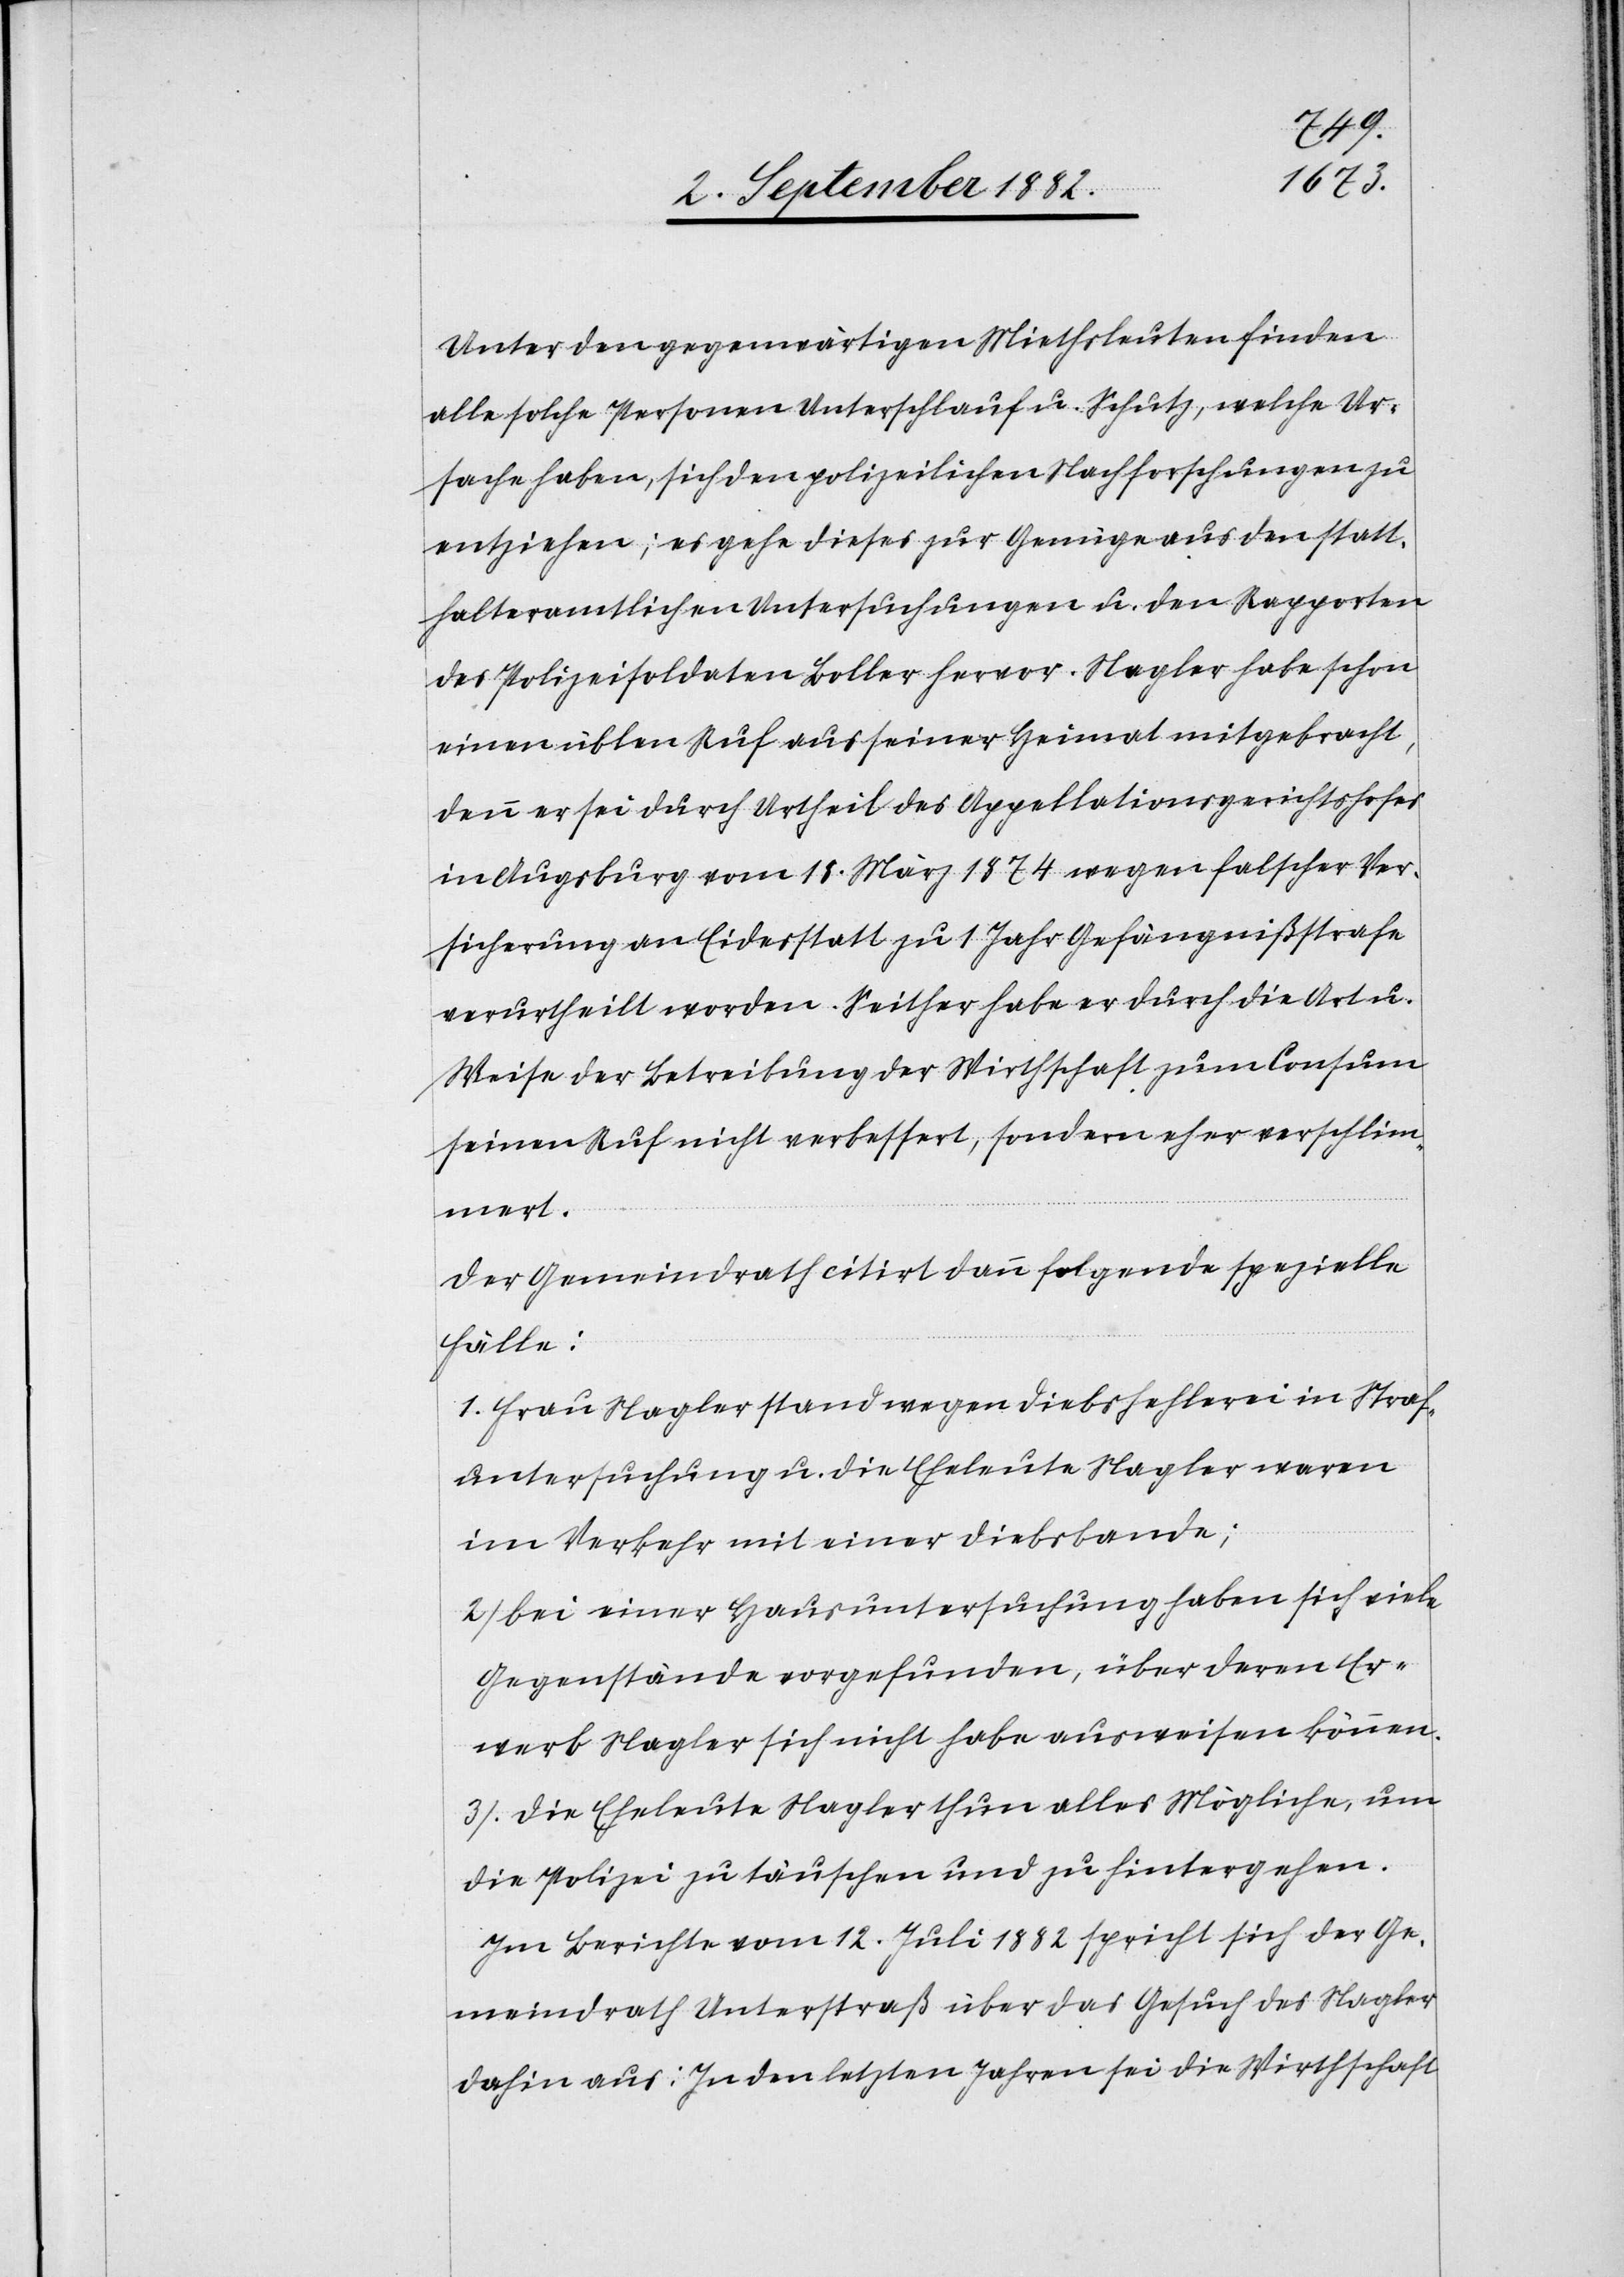
Unter den gegenwärtigen Miethleuten finden
alle solche Personen Unterschlauf u. Schutz, welche Ur¬
sache haben, sich den polizeilichen Nachforschungen zu
entziehen; es gehe dieses zur Genüge aus den statt¬
halteramtlichen Untersuchungen u. den Rapporten
des Polizeisoldaten Boller hervor. Nagler habe schon
einen üblen Ruf aus seiner Heimat mitgebracht,
denn er sei durch Urtheil des Appellationsgerichtshofes
in Augsburg vom 18. März 1874 wegen falscher Ver¬
sicherung an Eidesstatt zu 1 Jahr Gefängnißstrafe
verurtheilt worden. Seither habe er durch die Art u.
Weise der Betreibung der Wirthschaft zum Consum
seinen Ruf nicht verbessert, sondern eher verschlim¬
mert.
Der Gemeindrath citirt dann folgende spezielle
Fälle:
1. Frau Nagler stand wegen Diebshehlerei in Straf¬
untersuchung u. die Eheleute Nagler waren
im Verkehr mit einer Diebsbande;
2. bei einer Hausuntersuchung haben sich viele
Gegenstände vorgefunden, über deren Er¬
werb Nagler sich nicht habe ausweisen können.
3. Die Eheleute Nagler thun alles Mögliche, um
die Polizei zu täuschen und zu hintergehen.
Im Berichte vom 12. Juli 1882 spricht sich der Ge¬
meindrath Unterstraß über das Gesuch des Nagler
dahin aus: In den letzten Jahren sei die Wirthschaft